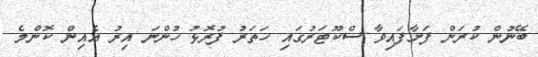
ބޭނުން ކުރަން ފަށާފައިވާ ސްކޫޓަރުގައި ހަތަރު ފުރޮޅު ހުންނަ އިރު އެއިން ކޮންމެ